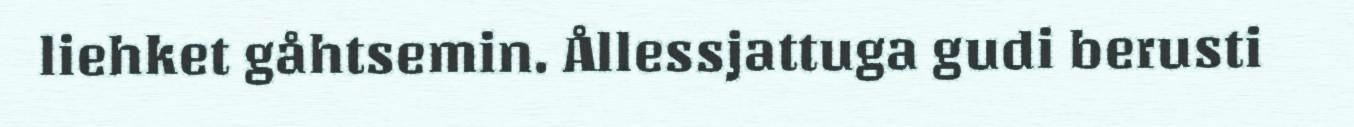
liehket gåhtsemin. Ållessjattuga gudi berusti